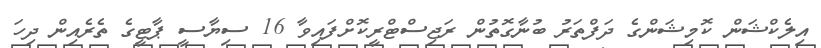
އިލެކްޝަން ކޮމިޝަންގެ ދަފްތަރު ބުނާގޮތުން ރަޖިސްޓްރީކޮށްފައިވާ 16 ސިޔާސީ ޕާޓީގެ ތެރެއިން ދިހަ